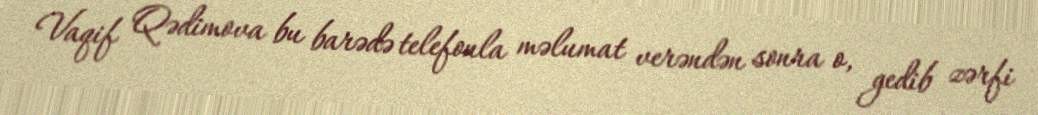
Vaqif Qədimova bu barədə telefonla məlumat verəndən sonra o, gedib zərfi